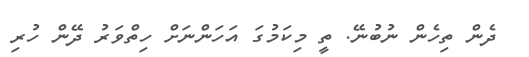
ދެން ތިހެން ނުބުނޭ. ތީ މިކަމުގަ އަހަންނަށް ހިތްވަރު ދޭން ހުރި